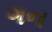
ગન